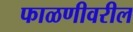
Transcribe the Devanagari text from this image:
फाळणीवरील